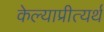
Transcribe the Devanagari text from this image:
केल्याप्रीत्यर्थ